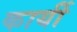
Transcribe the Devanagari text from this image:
कार्यी